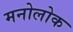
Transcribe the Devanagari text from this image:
मनोलोक